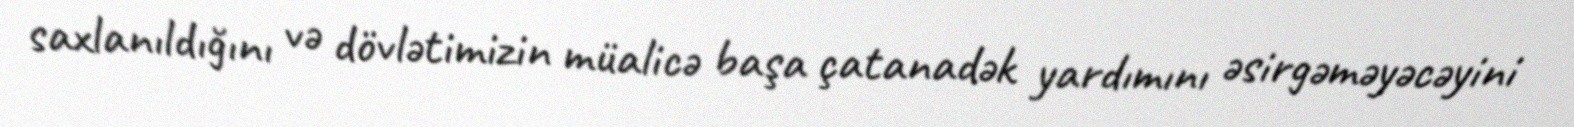
saxlanıldığını və dövlətimizin müalicə başa çatanadək yardımını əsirgəməyəcəyini